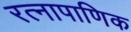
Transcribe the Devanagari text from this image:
रत्‍नापाणिक